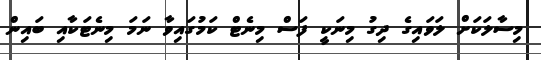
މިސާލަކަށް ލަވައިގެ ދިގު މިނަކީ ފަސް މިނެޓް ކަމުގައިވާ ނަމަ މިނެޓަކާއި ބައިން